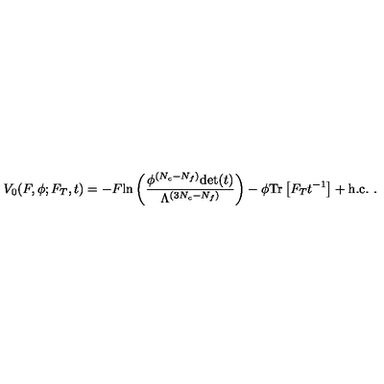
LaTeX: V _ { 0 } ( F , \phi ; F _ { T } , t ) = - F \mathrm { l n } \left( \frac { \phi ^ { ( N _ { c } - N _ { f } ) } \mathrm { d e t } ( t ) } { \Lambda ^ { ( 3 N _ { c } - N _ { f } ) } } \right) - \phi \mathrm { T r } \left[ F _ { T } t ^ { - 1 } \right] + \mathrm { h . c . } \ .